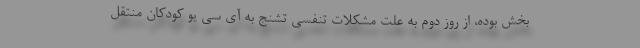
بخش بوده، از روز دوم به علت مشکلات تنفسی تشنج به آی سی یو کودکان منتقل